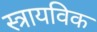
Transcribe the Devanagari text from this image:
स्त्रायविक